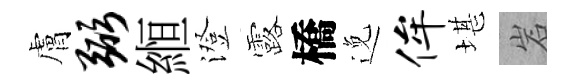
膚弼縆澄露橋𨓜侔堪岩